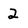
Character: 2